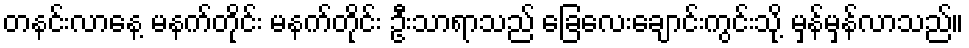
တနင်းလာနေ့ မနက်တိုင်း မနက်တိုင်း ဦးသာရာသည် ခြေလေးချောင်းကွင်းသို့ မှန်မှန်လာသည်။